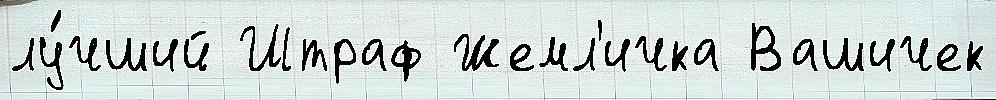
лу́чший Штраф Жемл'ичка Вашичек